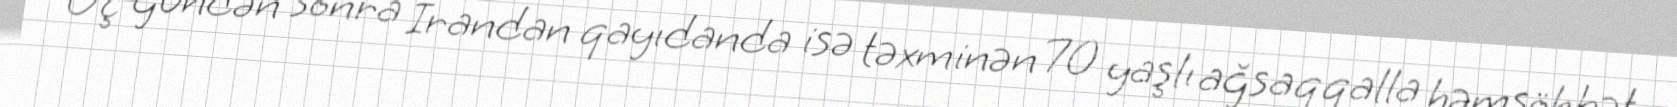
Üç gündən sonra İrandan qayıdanda isə təxminən 70 yaşlı ağsaqqalla həmsöhbət